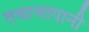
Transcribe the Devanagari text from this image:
तथाजापानी